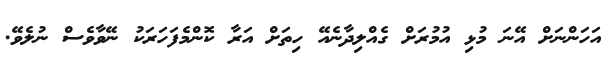
އަހަންނަށް އޭނަ މުޅި އުމުރަށް ގެއްލިދާނެއޭ ހިތަށް އަރާ ކޮންމެފަހަރަކު ނޭވާވެސް ނުލެވޭ.